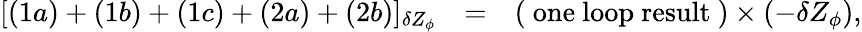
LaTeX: \begin{array}{rcl}{{[(1a)+(1b)+(1c)+(2a)+(2b)]_{\delta Z_{\phi}}}}&{{=}}&{{\displaystyle(\mathrm{~one~loop~result~})\times(-\delta Z_{\phi}),}}\end{array}